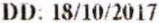
DD: 18/10/2017